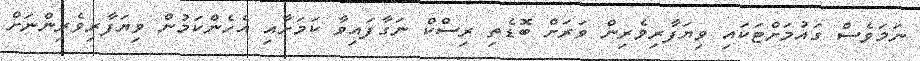
ނަމަވެސް ގައުމަށްޓަކައި ވިޔަފާރިވެރިން ވަރަށް ބޮޑެތި ރިސްކް ނަގާފައިވާ ކަމަށާއި އެހެންކަމުން ވިޔަފާރިވެރިންނަށް